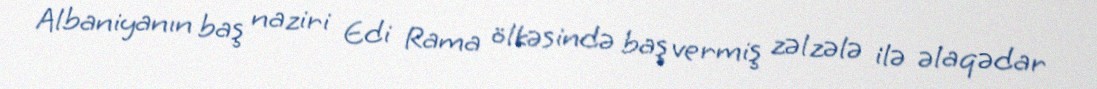
Albaniyanın baş naziri Edi Rama ölkəsində baş vermiş zəlzələ ilə əlaqədar